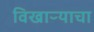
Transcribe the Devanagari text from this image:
विखाऱ्याचा